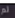
لم